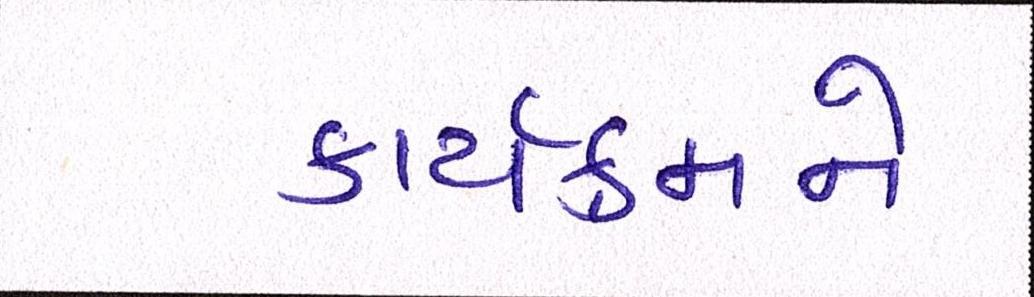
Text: કાર્યક્રમને